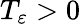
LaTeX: T_{\varepsilon}>0